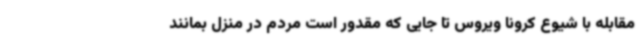
مقابله با شیوع کرونا ویروس تا جایی که مقدور است مردم در منزل بمانند